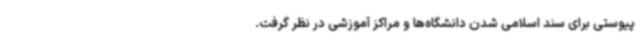
پیوستی برای سند اسلامی شدن دانشگاه‌ها و مراکز آموزشی در نظر گرفت.